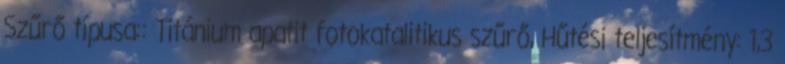
Szűrő típusa:: Titánium apatit fotokatalitikus szűrő, Hűtési teljesítmény: 1,3